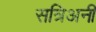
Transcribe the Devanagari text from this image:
सत्रिअनी